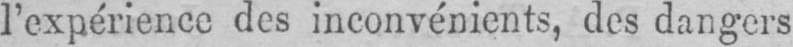
l’expérience des inconvénients, des dangers